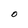
Character: O